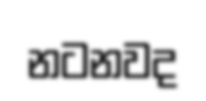
නටනවද